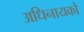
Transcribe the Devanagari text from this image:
अधिनायकों